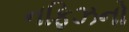
નફિઝનો